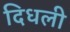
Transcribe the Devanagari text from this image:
दिधली